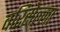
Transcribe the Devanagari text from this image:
वरिसेल्ला